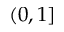
( 0 , 1 ]